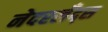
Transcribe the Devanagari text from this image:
नेदरलँद्स